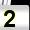
Digit: 2